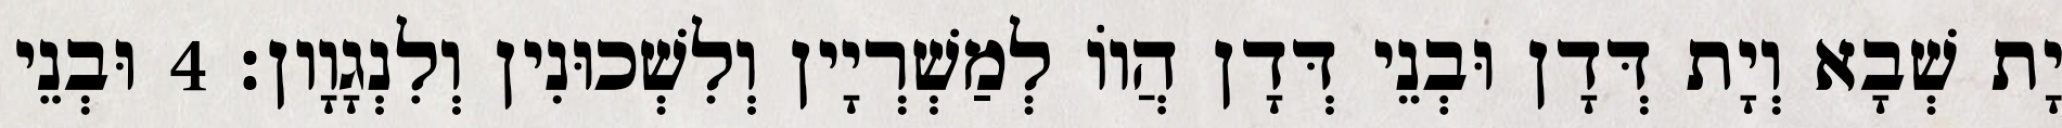
יָת שְׁבָא וְיָת דְּדָן וּבְנֵי דְּדָן הֲווֹ לְמַשְׁרְיָין וְלִשְׁכוּנִין וְלִנְגָוָון׃ 4 וּבְנֵי